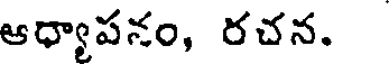
ఆధ్యాపనం, రచన.